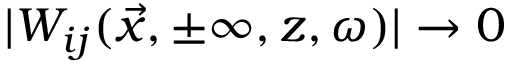
| W _ { i j } ( \vec { x } , \pm \infty , z , \omega ) | \rightarrow 0